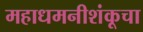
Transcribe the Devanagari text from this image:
महाधमनीशंकूचा